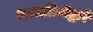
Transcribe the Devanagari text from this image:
शस्त्रक्रियेद्वारे